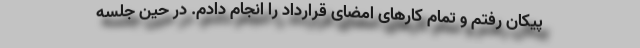
پیکان رفتم و تمام کارهای امضای قرارداد را انجام دادم. در حین جلسه